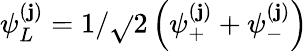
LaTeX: \psi_{L}^{(\mathbf{j})}=1/\sqrt{}{2}\left(\psi_{+}^{(\mathbf{j})}+\psi_{-}^{(\mathbf{j})}\right)